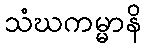
သံဃကမ္မာနိ